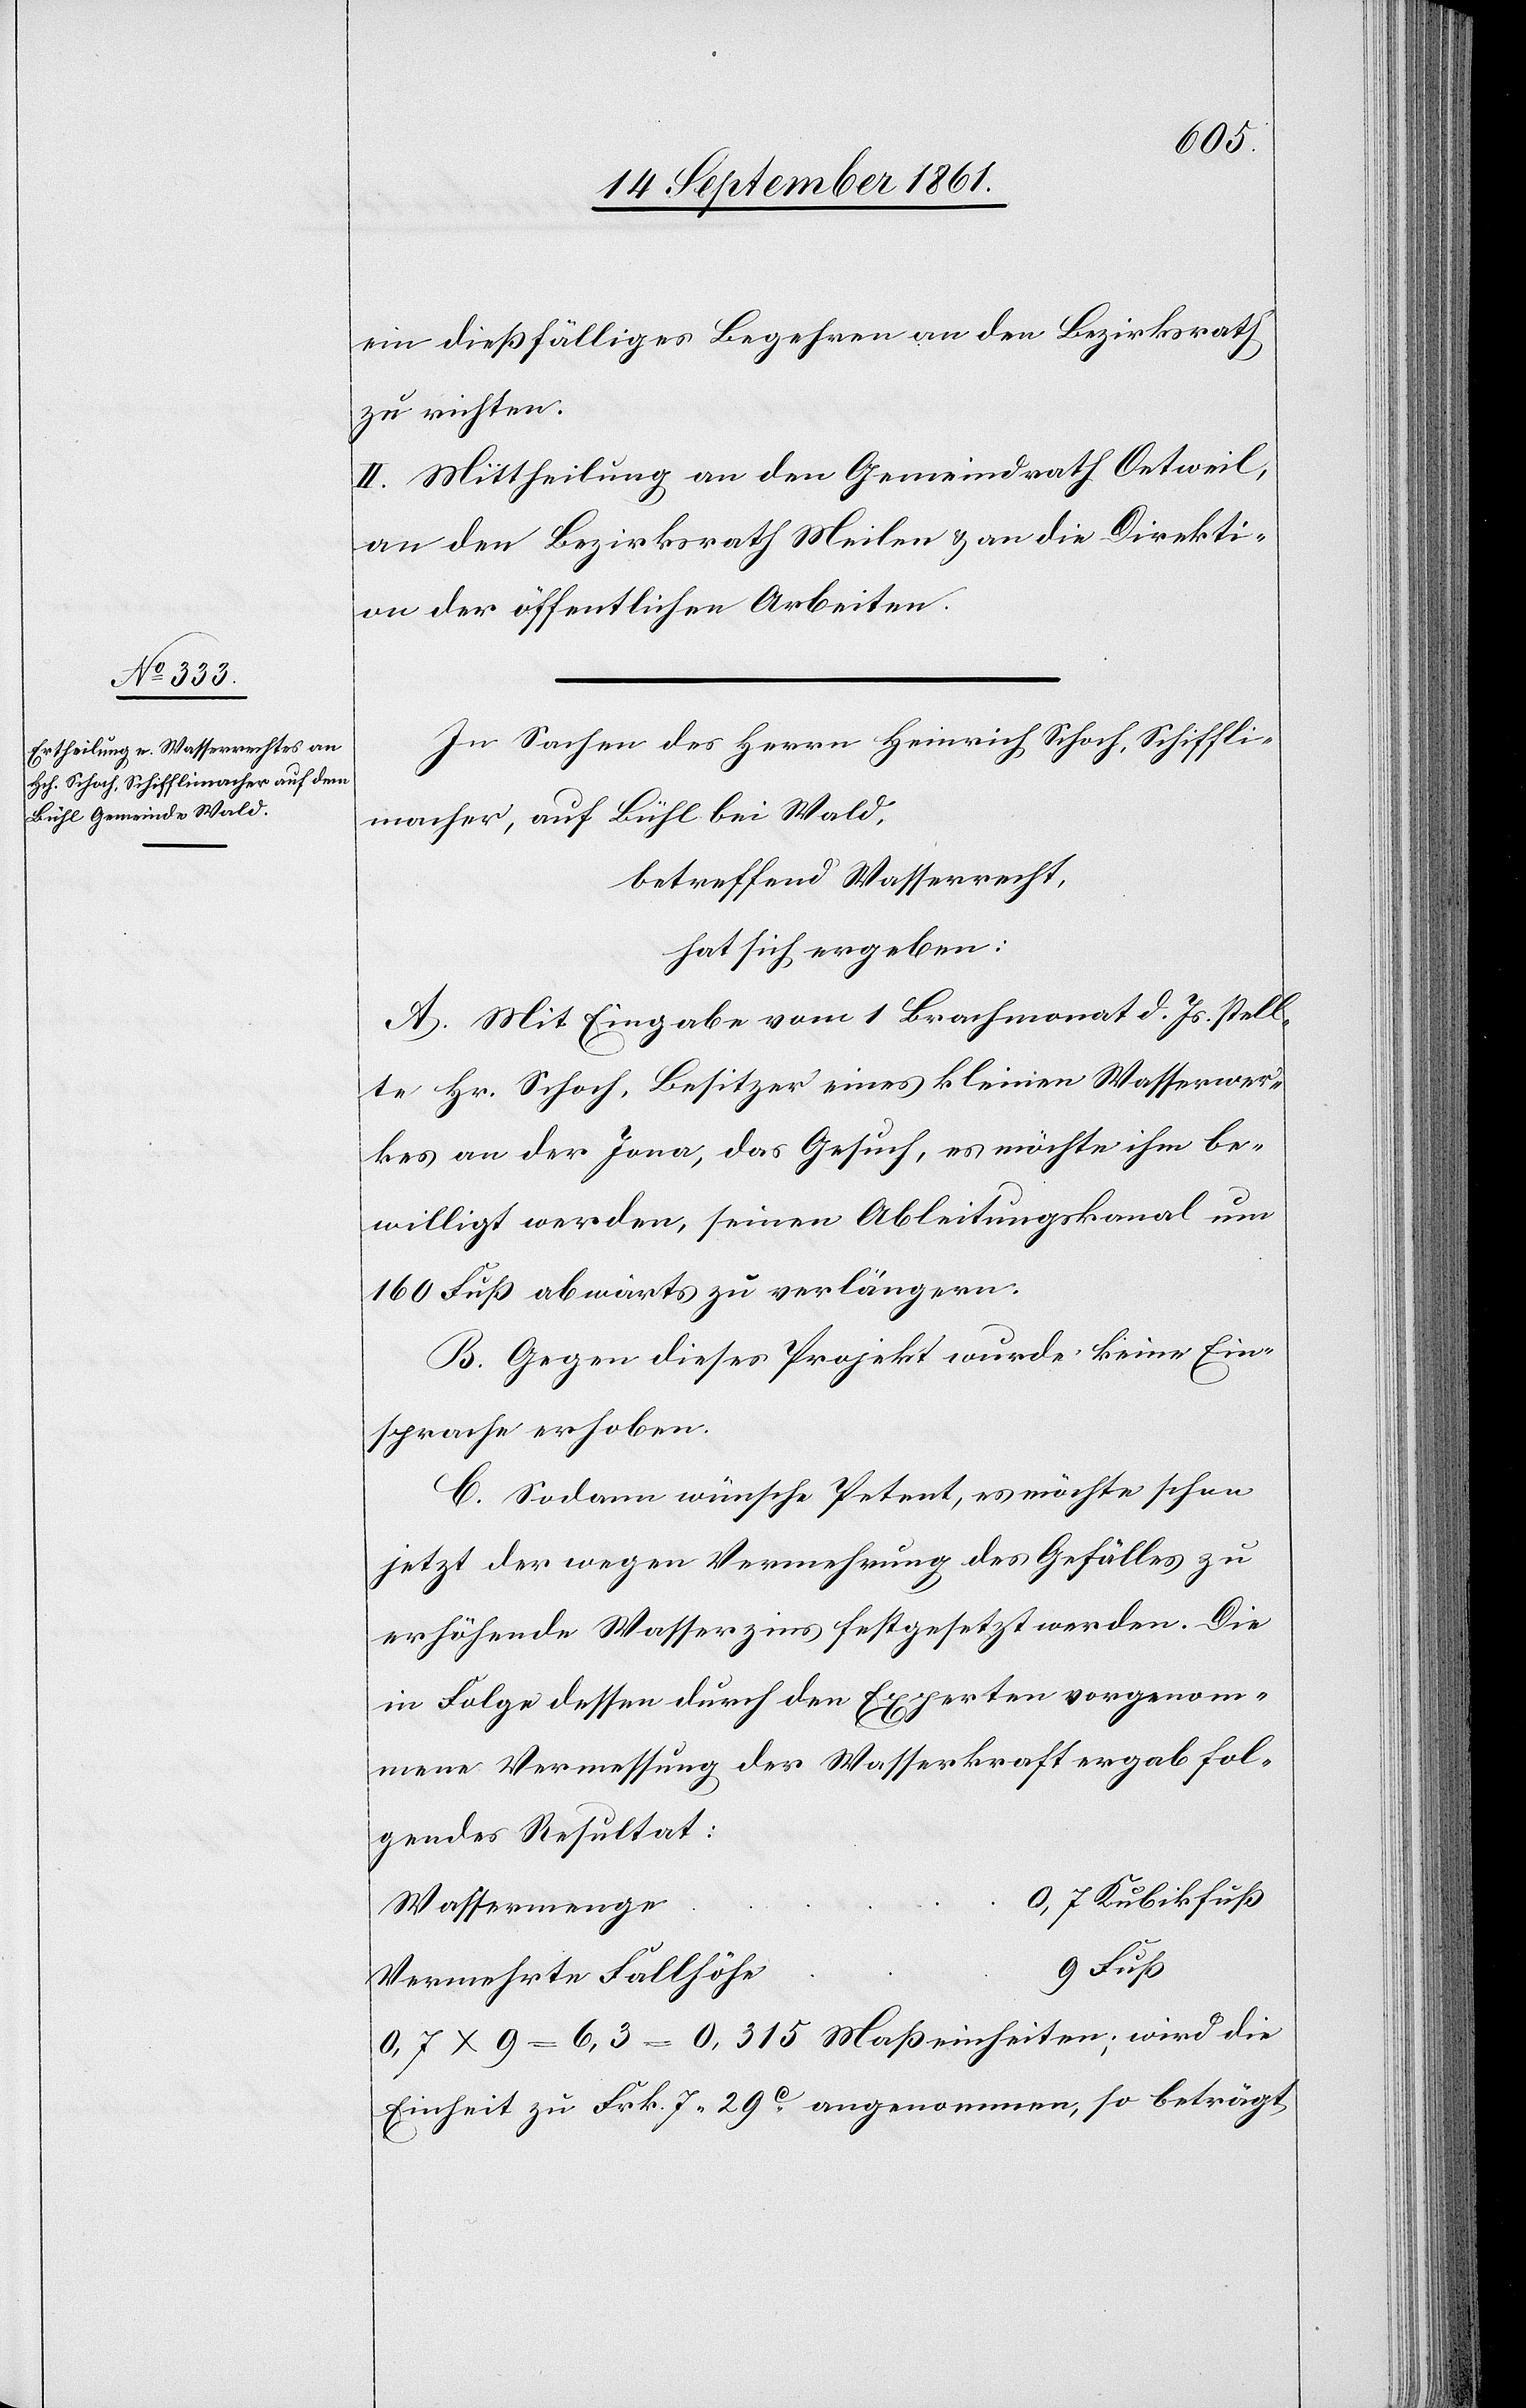
ein dießfälliges Begehren an den Bezirksrath
zu richten.
II. Mittheilung an den Gemeindrath Oetweil,
an den Bezirksrath Meilen u. an die Direkti¬
on der öffentlichen Arbeiten.
In Sachen des Herrn Heinrich Schoch, Schiffli¬
macher, auf Bühl bei Wald,
betreffend Wasserrecht,
hat sich ergeben:
A. Mit Eingabe vom 1 Brachmonat d. Js. stell¬
te Hr. Schoch, Besitzer eines kleinen Wasserwer¬
kes an der Jona, das Gesuch, es möchte ihm be¬
willigt werden, seinen Ableitungskanal um
160 Fuß abwärts zu verlängern.
B. Gegen dieses Projekt wurde keine Ein¬
sprache erhoben.
C. Sodann wünsche Petent, es möchte schon
jetzt der wegen Vermehrung des Gefälles zu
erhöhende Wasserzins festgesetzt werden. Die
in Folge dessen durch den Experten vorgenom¬
mene Vermessung der Wasserkraft ergab fol¬
gendes Resultat:
0,7 x 9 = 6,3 = 0,315 Maßeinheiten; wird die
Einheit zu Frk. 7.29c angenommen, so beträgt